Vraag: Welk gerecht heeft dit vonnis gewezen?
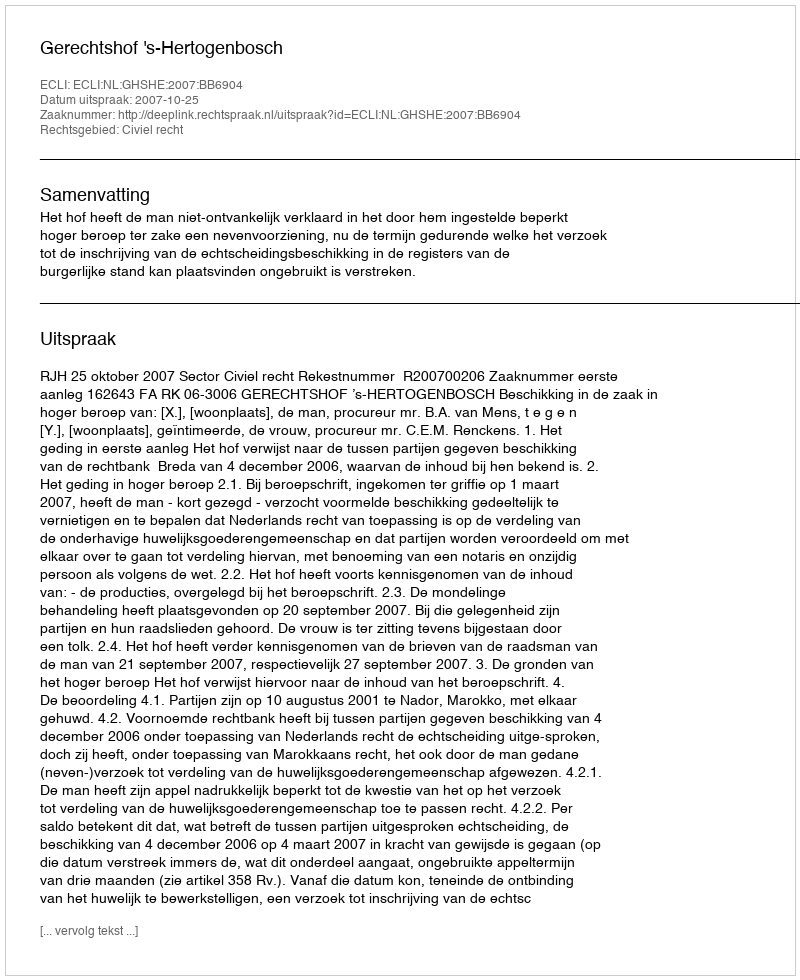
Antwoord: Gerechtshof 's-Hertogenbosch